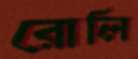
রোলি